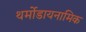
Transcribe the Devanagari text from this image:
थर्मोडायनामिक